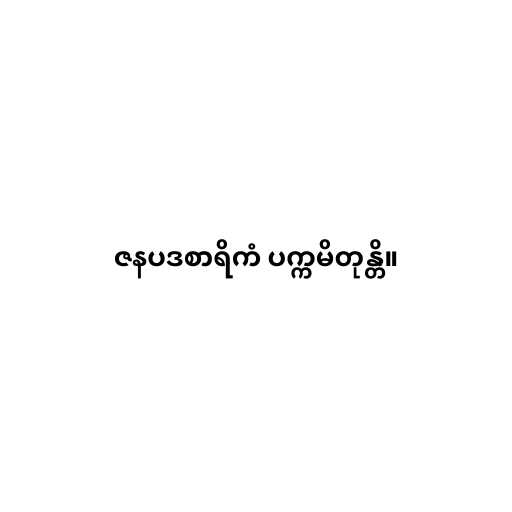
ဇနပဒစာရိကံ ပက္ကမိတုန္တိ။